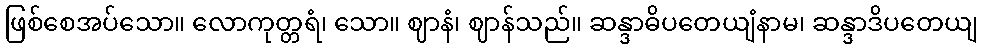
ဖြစ်စေအပ်သော။ လောကုတ္တရံ၊ သော။ ဈာနံ၊ ဈာန်သည်။ ဆန္ဒာဓိပတေယျံနာမ၊ ဆန္ဒာဒိပတေယျ